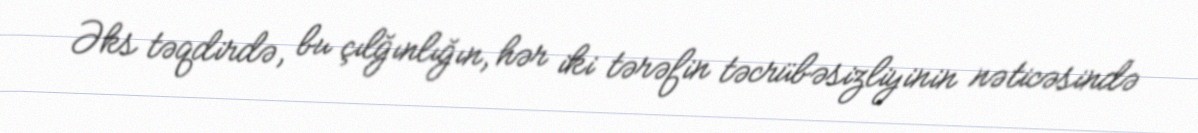
Əks təqdirdə, bu çılğınlığın, hər iki tərəfin təcrübəsizliyinin nəticəsində